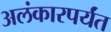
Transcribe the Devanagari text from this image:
अलंकारपर्यंत